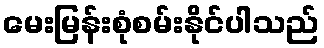
မေးမြန်းစုံစမ်းနိုင်ပါသည်